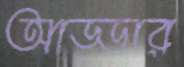
আড্ডার